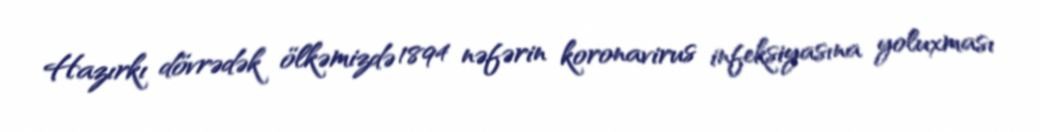
Hazırkı dövrədək ölkəmizdə 1894 nəfərin koronavirus infeksiyasına yoluxması